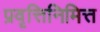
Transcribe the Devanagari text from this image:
प्रवृत्तिनिमित्त